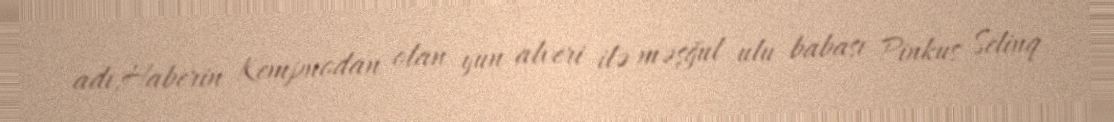
adı,Haberin Kempnodan olan yun alveri ilə məşğul ulu babası Pinkus Selinq